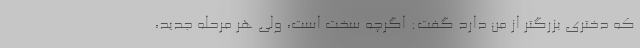
که دختری بزرگتر از من دارد گفت: اگرچه سخت است، ولی هر مرحله جدید،